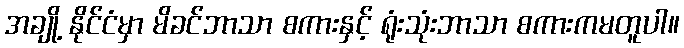
အချို့ နိုင်ငံမှာ မိခင်ဘာသာ စကားနှင့် ရုံးသုံးဘာသာ စကားကမတူပါ။